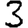
Digit: 3